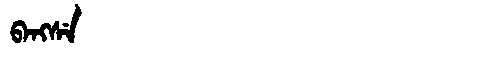
Manchu: ᠪᠠᠩᠰᡝ
Romanization: BANGSE